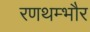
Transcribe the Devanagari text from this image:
रणथम्‍भौर